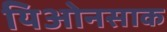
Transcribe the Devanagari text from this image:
यिओनसाक